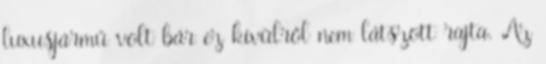
luxusjármű volt bár ez kívülről nem látszott rajta. Az